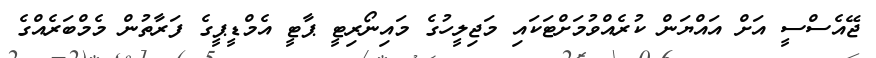
ޖޭއެސްސީ އަށް އައްޔަން ކުރެއްވުމަށްޓަކައި މަޖިލީހުގެ މައިނޯރިޓީ ޕާޓީ އެމްޑީޕީގެ ފަރާތުން މެމްބަރެއްގެ